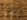
اللذيذ